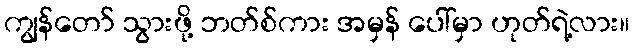
ကျွန်တော် သွားဖို့ ဘတ်စ်ကား အမှန် ပေါ်မှာ ဟုတ်ရဲ့လား။